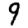
Digit: 9